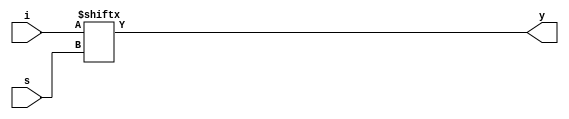
//8:1 mux
module ex11(input [7:0]i,input[2:0]s,output y);
assign y=i[s];
endmodule

module tb;
reg [7:0]i;
reg [2:0]s;
wire y;

ex11 i1(i,s,y);
initial begin
i=8'b11001011;
$monitor($time," Y= i[%d]=%b s=%b",s,y,s);
s[2]=0;s[1]=0;s[0]=0;
#10 s[2]=0;s[1]=0;s[0]=1;
#10 s[2]=0;s[1]=1;s[0]=0;
#10 s[2]=0;s[1]=1;s[0]=1;
#10 s[2]=1;s[1]=0;s[0]=0;
#10 s[2]=1;s[1]=0;s[0]=1;
#10 s[2]=1;s[1]=1;s[0]=0;
#10 s[2]=1;s[1]=1;s[0]=1;
end
endmodule